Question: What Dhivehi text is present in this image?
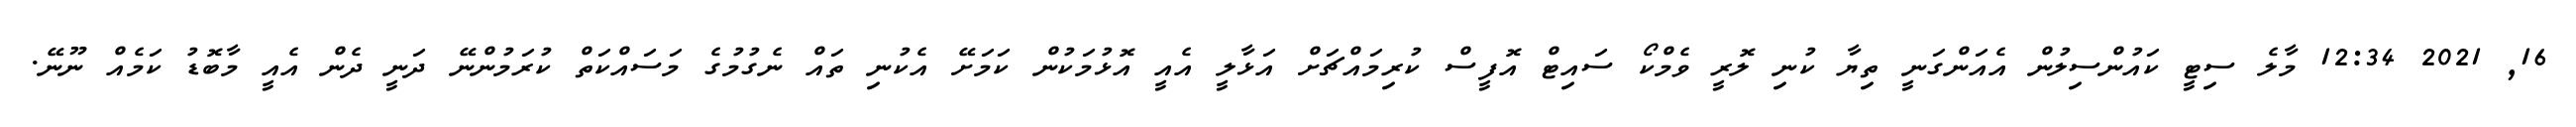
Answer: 16, 2021 12:34 މާލެ ސިޓީ ކައުންސިލުން އެއަންގަނީ ތިޔާ ކުނި ލޮރީ ވެމްކޯ ސައިޓް އޮފީސް ކުރިމައްޗަށް އަޅާލީ އެއީ އޮޅުމަކުން ކަމަށޭ އެކުނި ތައް ނެގުމުގެ މަސައްކަތް ކުރަމުންނޭ ދަނީ ދެން އެއީ މާބޮޑު ކަމެއް ނޫނޭ.